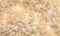
انت